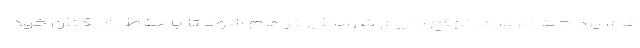
هم پرداخت کردیم. توقع داریم شرایطی فراهم شود تا با حفظ بازیکنان خود